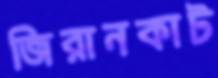
জিরানকাট